Lunatic asylums United Provinces 1909-1921 - 1909-1921
Year: 1909
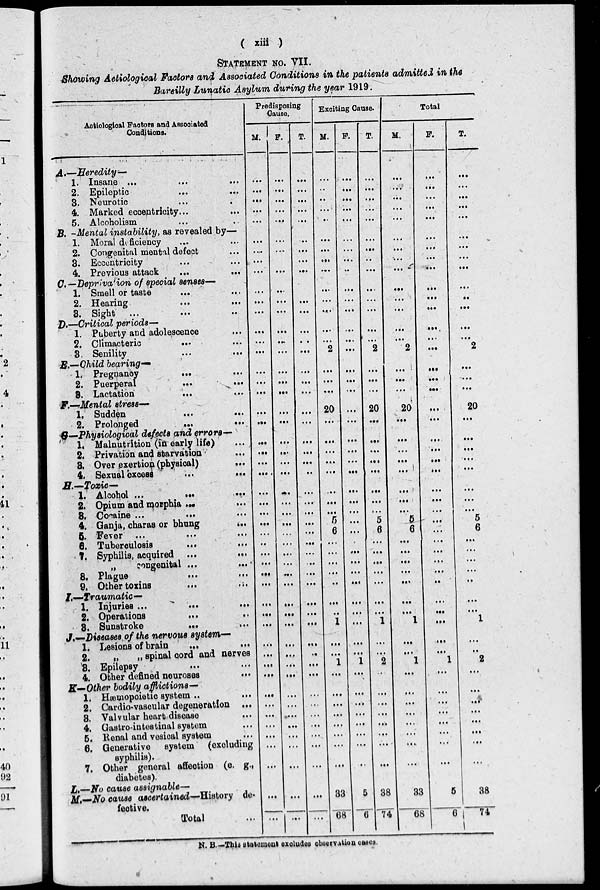
( xiii )
STATEMENT NO. VII.
Showing Aetiological Factors and Associated Conditions in the patients admitted in the
Bareilly Lunatic Asylum during the year 1919.
Aetiological Factors and Associated
Conditions.
A.—Heredity—
1. Insane ... ... ...
2. Epileptic... ... ...
3. Neurotic... ... ...
4. Marked eccentricity... ...
5. Alcoholism... ... ...
B. —Mental instability, as revealed by—
1. Moral deficiency... ...
2. Congenital mental defect...
3. Eccentricity... ... ...
4. Previous attack
...
...
...
C. —Deprivation of special senses—
1. Smell or taste ... ... ...
2. Hearing... ... ...
3. Sight
...
...
...
D.—Critical periods—
1. Puberty and adolescence...
2. Climacteric... ... ...
3. Senility
...
...
...
E.—Child bearing—
1. Pregnancy ... ... ...
2. Puerperal ... ... ...
8. Lactation... ... ...
F.—Mental stress—
1. Sudden
...
...
...
2. Prolonged
...
...
G—Physiological defects and errors—
1. Malnutrition (in early life) ...
2. Privation and starvation...
3. Over exertion (physical)
...
4. Sexual excess
...
...
H.—Toxic—
1, Alcohol ... ... ...
2. Opium and monphia ... ...
3. Cocaine ...
...
...
4. Ganja, charas or bhung
...
5.
Fever
...
...
...
6. Tuberculosis
... ...
7. Syphilis, acquired ...
...
„
congenital ...
...
8. Plague
...
...
...
9. Other toxins... ... ...
I.—Traumatic—
1. Injuries ...
...
...
2. Operations... ... ...
3. Sunstroke ... ... ...
J.—Diseases of the nervous system—
1. Lesions of brain ... ... ...
2. „ „ spinal cord and nerves
3. Epilepsy... ... ...
4. Other defined neuroses ... ...
K—Other bodily afflictions—
1. Hæmopoietic system ... ...
2. Cardio-vascular degeneration ...
3. Valvular heart disease ...
4. Castro-intestinal system...
5. Renal and vesical system...
6. Generative system (excluding
syphilis).
7. Other general affection (e. g.,
diabetes).
L.—No cause assignable—
M.—No cause ascertained—History de-
fective.
Total ...
Predisposing
Cause.
M.
...
...
...
...
...
...
...
...
...
...
...
...
...
...
...
...
...
...
...
...
...
...
...
...
...
...
...
...
...
...
...
...
...
...
...
...
...
...
...
...
...
...
...
...
...
...
...
...
...
...
F.
...
...
...
...
...
...
...
...
...
...
...
...
...
...
...
...
...
...
...
...
...
...
...
...
...
...
...
...
...
...
...
...
...
...
...
...
...
...
...
...
...
...
...
...
...
...
...
...
...
T.
...
...
...
...
...
...
...
...
...
...
...
...
...
...
...
...
...
...
...
...
...
...
...
...
...
...
...
...
...
...
...
...
...
...
...
...
...
...
...
...
...
...
...
...
...
...
...
...
...
Exciting Cause.
M.
...
..
...
...
...
...
...
...
...
...
...
...
...
...
2
...
...
...
20
...
...
...
...
...
...
...
...
5
6
...
...
...
...
..
...
....
1
...
...
1
...
...
...
...
...
...
...
...
33
68
F.
...
...
...
...
...
...
...
...
...
...
...
...
...
...
...
...
...
...
...
...
...
...
...
...
...
...
...
...
...
...
...
...
...
...
...
...
...
...
...
1
...
...
...
...
...
...
...
...
5
6
T.
...
...
...
...
...
...
...
...
...
...
...
...
...
...
2
...
...
...
20
...
...
...
...
...
...
...
...
5
6
...
...
...
...
...
...
...
1
...
...
2
...
...
...
...
...
...
...
...
38
74
Total
M.
...
...
...
...
...
...
...
...
...
...
...
...
...
...
2
...
...
...
20
...
...
...
...
...
...
...
...
5
6
...
...
...
...
...
...
...
1
...
...
1
...
...
...
...
...
...
...
...
33
68
F.
...
...
...
...
...
...
...
...
...
...
...
...
...
...
...
...
...
...
...
...
...
...
...
...
...
...
...
...
...
...
...
...
...
...
...
...
...
...
...
1
...
...
...
...
...
...
...
...
5
6
T.
...
...
...
...
...
...
...
...
...
...
...
...
...
...
2
...
...
...
20
...
...
...
...
...
...
...
...
5
6
...
...
...
...
...
...
...
1
...
...
2
...
...
...
...
...
...
...
...
38
74
N. B.—This st at ement excludes observation cases.